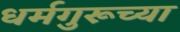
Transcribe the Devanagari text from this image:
धर्मगुरूच्या